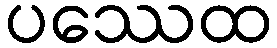
ပဿေထ